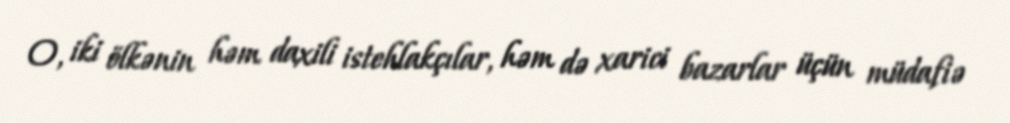
O, iki ölkənin həm daxili istehlakçılar, həm də xarici bazarlar üçün müdafiə